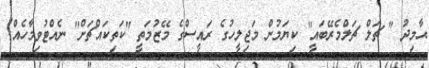
ޙާމިދު " ޗަލް ޗަލްމެރޭބައީ" ކިޔަމުން މަޖިލީހުގެ ރައީސްގެ މޭޒުމަތީ "ކަތިކައްޗަށް" ނެއްޓުވިމާހެއް!